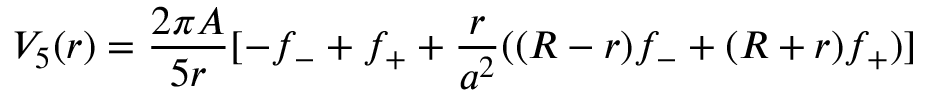
V _ { 5 } ( r ) = \frac { 2 \pi A } { 5 r } [ - f _ { - } + f _ { + } + \frac { r } { a ^ { 2 } } ( ( R - r ) f _ { - } + ( R + r ) f _ { + } ) ]